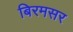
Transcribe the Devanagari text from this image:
बिरमसर